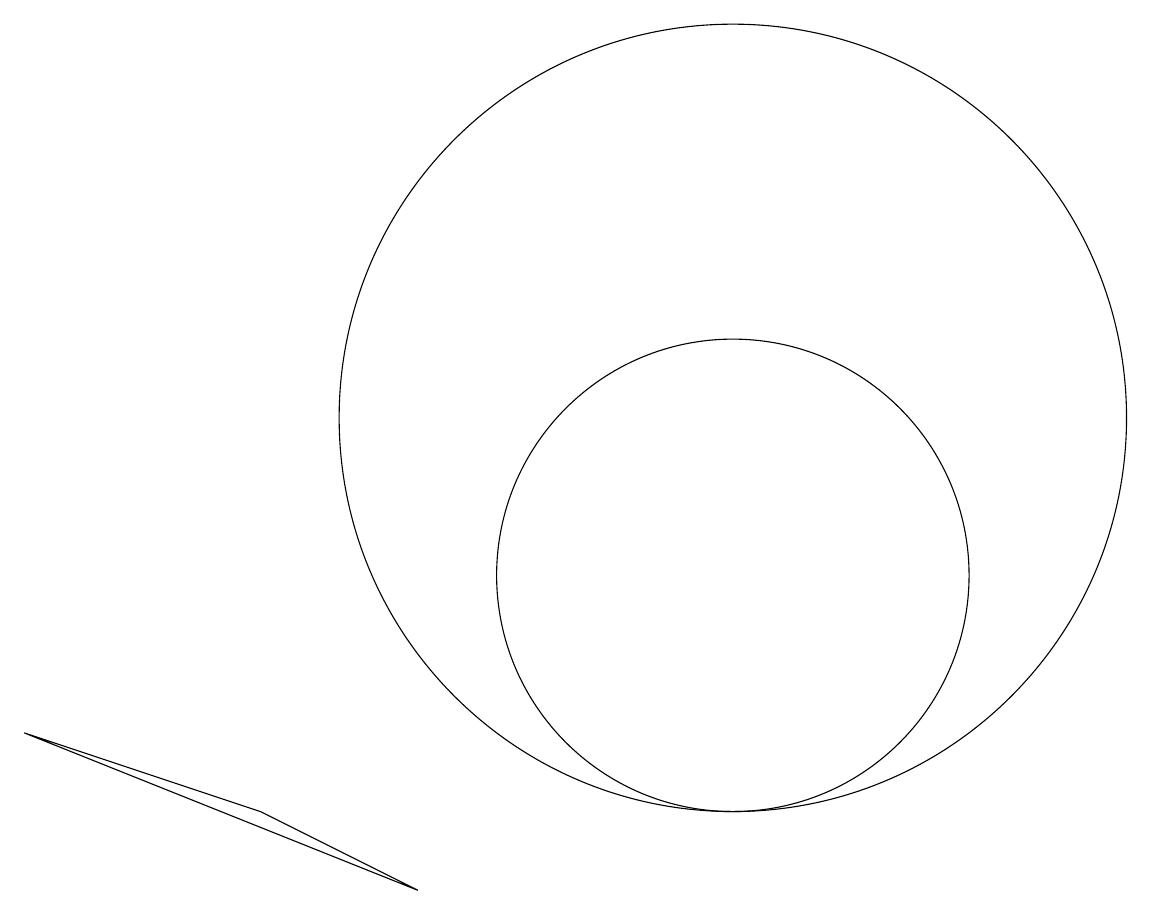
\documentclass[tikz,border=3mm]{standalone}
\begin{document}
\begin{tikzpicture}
\draw (10,12) circle (5);
\draw (4,7) -- (1,8) -- (6,6) -- cycle;
\draw (10,10) circle (3);
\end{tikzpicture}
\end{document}